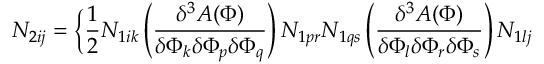
N _ { 2 i j } = \bigg \{ \frac { 1 } { 2 } N _ { 1 i k } \left( \frac { \delta ^ { 3 } A ( \Phi ) } { \delta \Phi _ { k } \delta \Phi _ { p } \delta \Phi _ { q } } \right) N _ { 1 p r } N _ { 1 q s } \left( \frac { \delta ^ { 3 } A ( \Phi ) } { \delta \Phi _ { l } \delta \Phi _ { r } \delta \Phi _ { s } } \right) N _ { 1 l j }